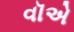
વૉએ